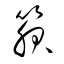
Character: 箙